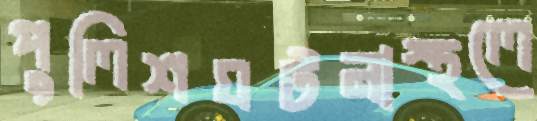
পুলিশঘটনাস্থলে